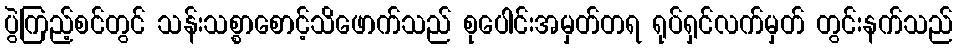
ပွဲကြည့်စင်တွင် သန်းသစ္စာစောင့်သိဖောက်သည် စုပေါင်းအမှတ်တရ ရုပ်ရှင်လက်မှတ် တွင်းနက်သည်